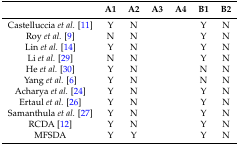
<table><thead><tr><td>[EMPTY_CELL]</td><td><b>A1</b></td><td><b>A2</b></td><td><b>A3</b></td><td><b>A4</b></td><td><b>B1</b></td><td><b>B2</b></td></tr></thead><tbody><tr><td>Castelluccia <i>et al.</i> [11]</td><td>Y</td><td>N</td><td>[EMPTY_CELL]</td><td>[EMPTY_CELL]</td><td>Y</td><td>N</td></tr><tr><td>Roy <i>et al.</i> [9]</td><td>N</td><td>N</td><td>[EMPTY_CELL]</td><td>[EMPTY_CELL]</td><td>Y</td><td>N</td></tr><tr><td>Lin <i>et al.</i> [14]</td><td>Y</td><td>N</td><td>[EMPTY_CELL]</td><td>[EMPTY_CELL]</td><td>Y</td><td>N</td></tr><tr><td>Li <i>et al.</i> [29]</td><td>N</td><td>N</td><td>[EMPTY_CELL]</td><td>[EMPTY_CELL]</td><td>Y</td><td>N</td></tr><tr><td>He <i>et al.</i> [30]</td><td>Y</td><td>N</td><td>[EMPTY_CELL]</td><td>[EMPTY_CELL]</td><td>N</td><td>N</td></tr><tr><td>Yang <i>et al.</i> [6]</td><td>Y</td><td>N</td><td>[EMPTY_CELL]</td><td>[EMPTY_CELL]</td><td>N</td><td>N</td></tr><tr><td>Acharya <i>et al.</i> [24]</td><td>Y</td><td>N</td><td>[EMPTY_CELL]</td><td>[EMPTY_CELL]</td><td>Y</td><td>N</td></tr><tr><td>Ertaul <i>et al.</i> [26]</td><td>Y</td><td>N</td><td>[EMPTY_CELL]</td><td>[EMPTY_CELL]</td><td>Y</td><td>N</td></tr><tr><td>Samanthula <i>et al.</i> [27]</td><td>Y</td><td>N</td><td>[EMPTY_CELL]</td><td>[EMPTY_CELL]</td><td>Y</td><td>N</td></tr><tr><td>RCDA [12]</td><td>Y</td><td>N</td><td>[EMPTY_CELL]</td><td>[EMPTY_CELL]</td><td>Y</td><td>N</td></tr><tr><td>MFSDA</td><td>Y</td><td>Y</td><td>[EMPTY_CELL]</td><td>[EMPTY_CELL]</td><td>Y</td><td>N</td></tr></tbody></table>